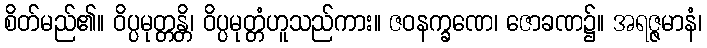
စိတ်မည်၏။ ဝိပ္ပမုတ္တန္တိ၊ ဝိပ္ပမုတ္တံဟူသည်ကား။ ဇဝနက္ခဏေ၊ ဇောခဏ၌။ အရဇ္ဇမာနံ၊